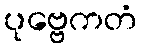
ပုဗ္ဗေကတံ